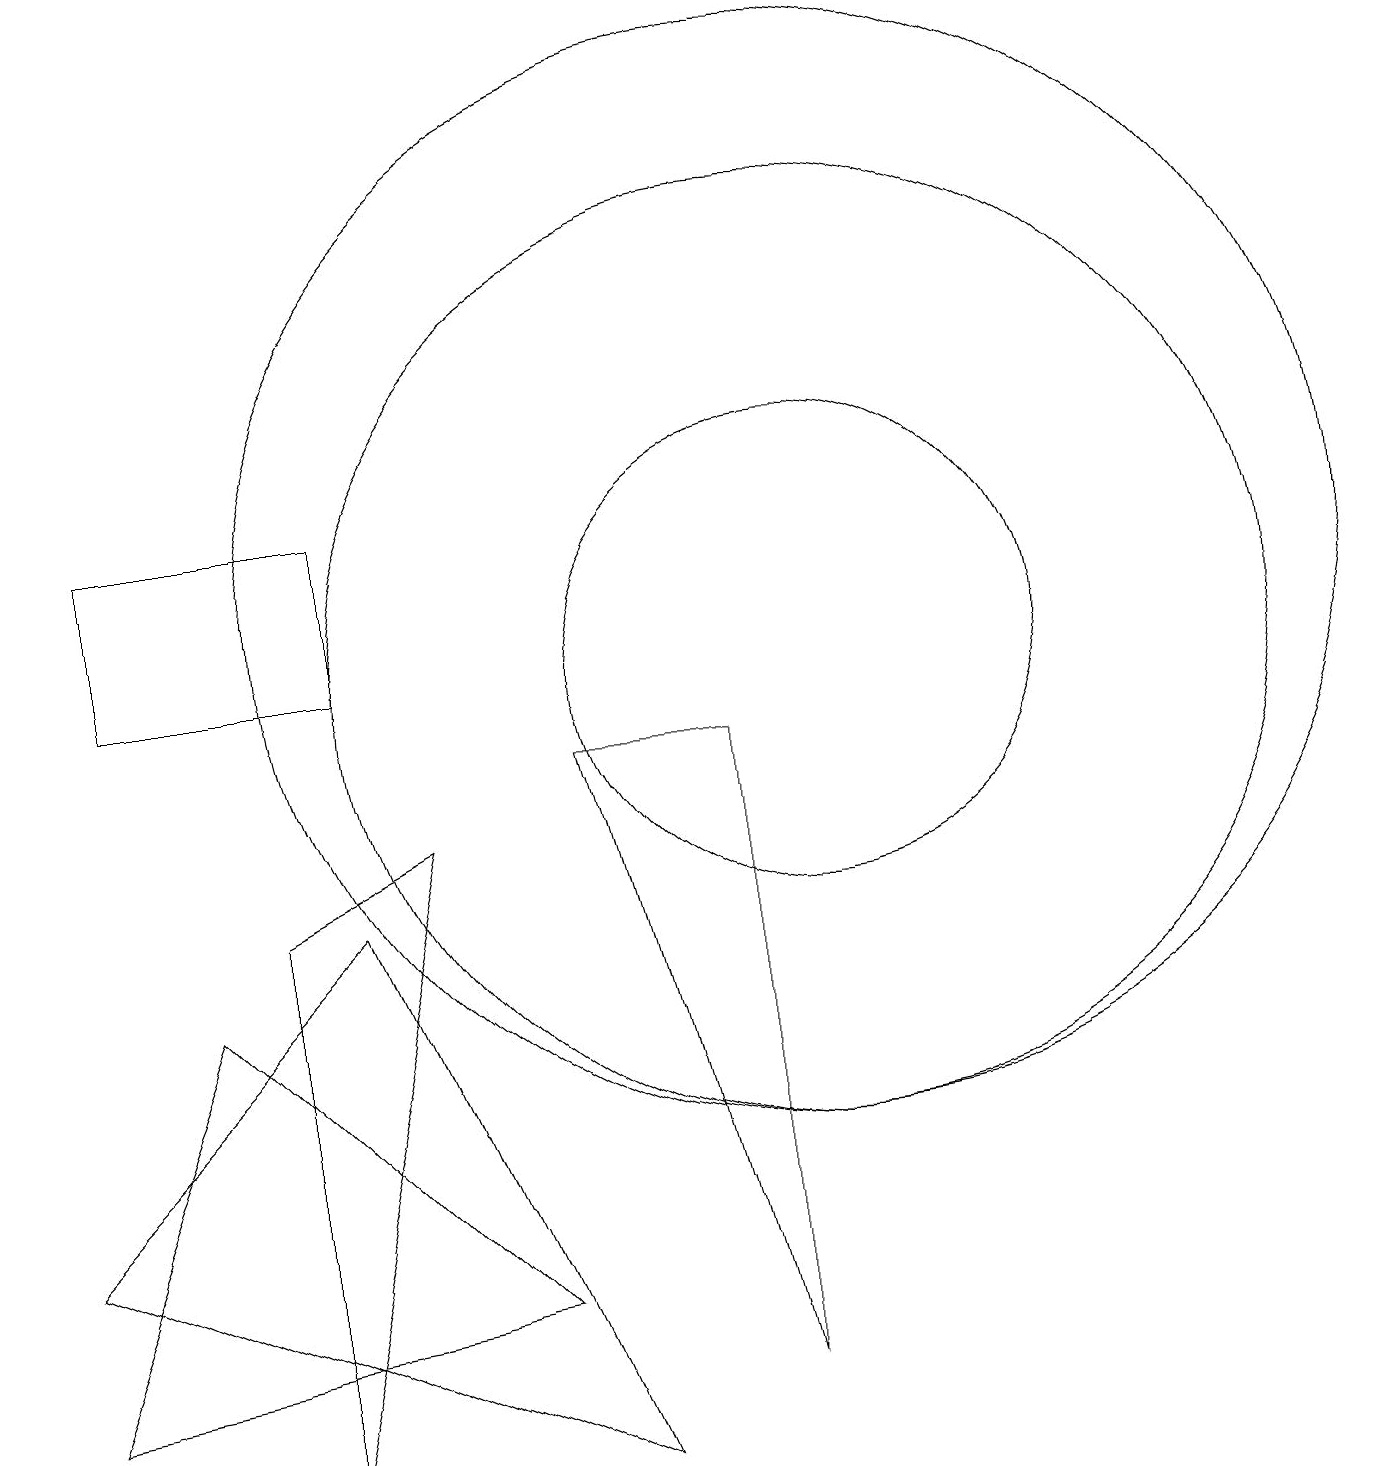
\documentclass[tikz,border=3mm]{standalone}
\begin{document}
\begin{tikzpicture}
\draw (0,1) -- (2,6) -- (6,2) -- cycle;
\draw (10,10) circle (3);
\draw (3,7) -- (5,8) -- (3,0) -- cycle;
\draw (9,1) -- (7,9) -- (9,9) -- cycle;
\draw (7,0) -- (0,3) -- (4,7) -- cycle;
\draw (10,10) circle (6);
\draw (10,11) circle (7);
\draw (4,10) rectangle (1,12);
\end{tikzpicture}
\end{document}